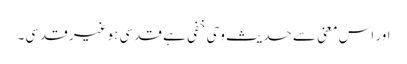
اور اس معنی سے حدیث وحی خفی ہے قدسی ہوغیر قدسی۔